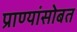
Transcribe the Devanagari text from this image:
प्राण्यांसोबत